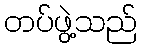
တပ်ဖွဲ့သည်